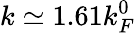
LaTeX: k\simeq 1.61k_{F}^{0}